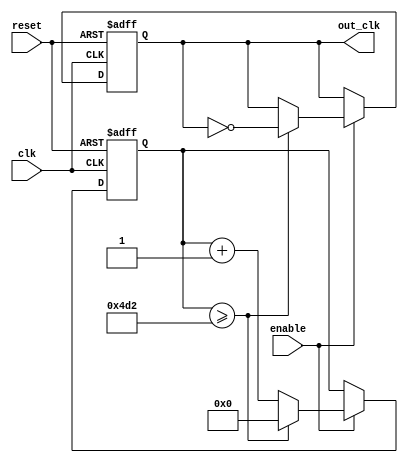
module fractional_clock_divider (
  input clk,
  input reset,
  input enable,
  output reg out_clk
);

reg [31:0] counter;
reg [31:0] fractional_value = 1234; // Example fractional value

always @(posedge clk or posedge reset) begin
    if (reset) begin
        counter <= 0;
        out_clk <= 1'b0;
    end else if (enable) begin
        counter <= counter + 1;
        if (counter >= fractional_value) begin
            counter <= 0;
            out_clk <= ~out_clk;
        end
    end
end

endmodule